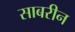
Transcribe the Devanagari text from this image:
साबरीन